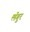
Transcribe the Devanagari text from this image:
लॅगुर